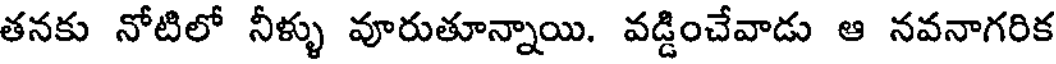
తనకు నోటిలో నీళ్ళు వూరుతూన్నాయి. వడ్డించేవాడు ఆ నవనాగరిక